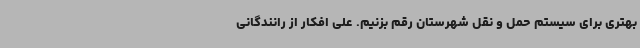
بهتری برای سیستم حمل و نقل شهرستان رقم بزنیم. علی افکار از رانندگانی